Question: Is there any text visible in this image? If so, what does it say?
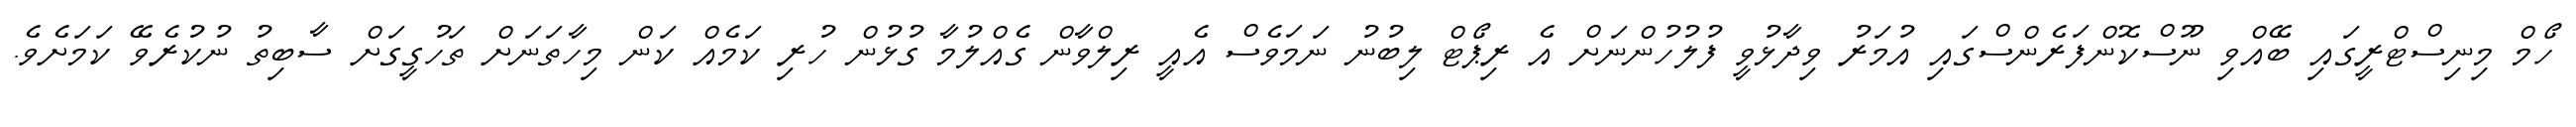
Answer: ހޯމް މިނިސްޓްރީގައި ބޭއްވި ނޫސްކޮންފަރެންސްގައި އުމަރު ވިދާޅުވީ ފުލުހުންނަށް އެ ރިޕޯޓް ލިބުނު ނަމަވެސް އެއީ ރިލްވާން ގެއްލުމާ ގުޅުން ހުރި ކަމެއް ކަން މިހާތަނަށް ތަހުގީގަށް ސާބިތު ނުކުރެވޭ ކަމަށެވެ.